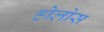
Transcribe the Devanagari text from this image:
होलोस